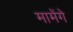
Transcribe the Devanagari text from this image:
मामेंगे